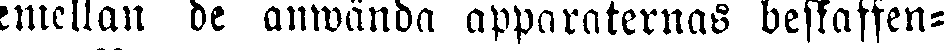
emellan de anwända apparaternas beskaffen-